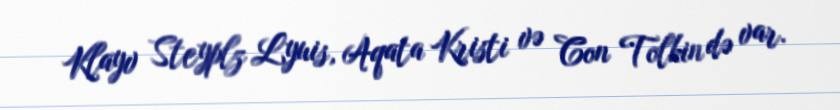
Klayv Steyplz Lyuis, Aqata Kristi və Con Tolkin də var.